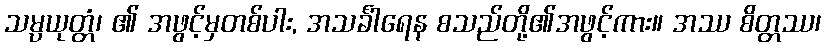
သမ္ပယုတ္တံ၊ ၏ အဖွင့်မှတစ်ပါး, အသင်္ခါရေန စသည်တို့၏အဖွင့်ကား။ အဿ စိတ္တဿ၊